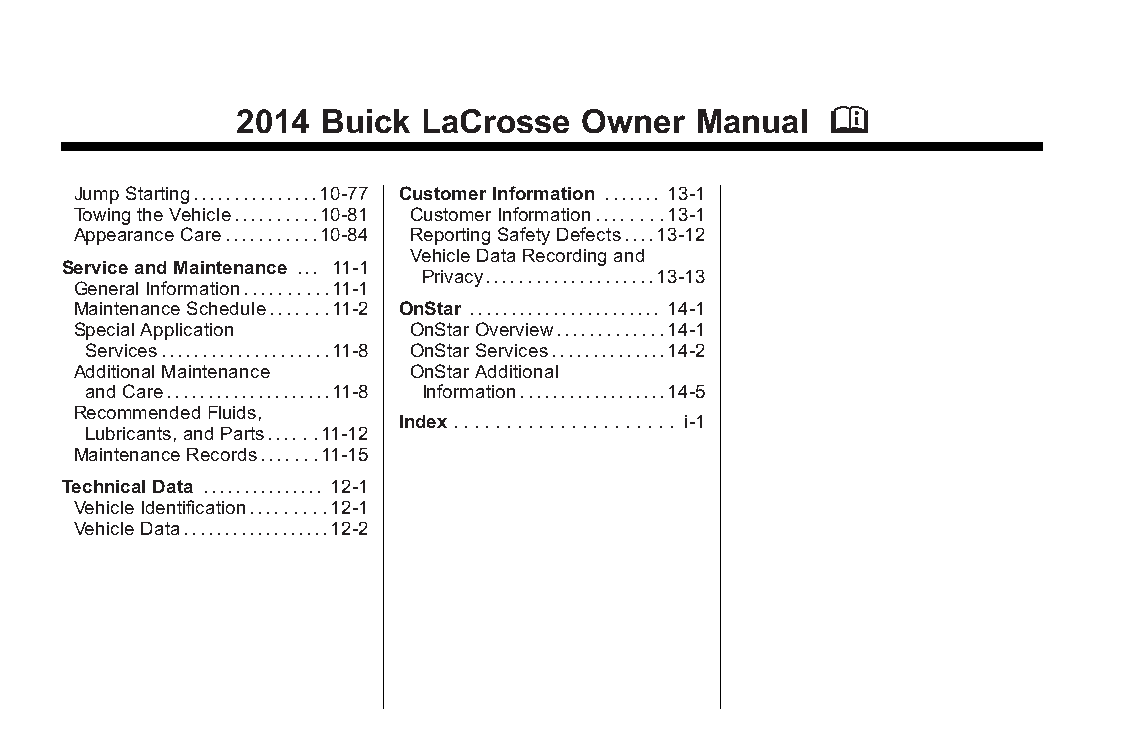
Buick LaCrosse Owner Manual (GMNA-Localizing-U.S./Canada/Mexico- Blackplate(2,1)
 6043609)-2014-2ndEdition-10/17/13
 2014  Buick  LaCrosse  Owner   Manual   M
 JumpStarting...............10-77 CustomerInformation ....... 13-1
 TowingtheVehicle..........10-81 CustomerInformation........13-1
 AppearanceCare...........10-84 ReportingSafetyDefects....13-12
 VehicleDataRecordingand
 ServiceandMaintenance ... 11-1
 Privacy....................13-13
 GeneralInformation..........11-1
 MaintenanceSchedule.......11-2 OnStar ....................... 14-1
 SpecialApplication    OnStarOverview.............14-1
 Services....................11-8 OnStarServices..............14-2
 AdditionalMaintenance OnStarAdditional
 andCare....................11-8 Information..................14-5
 RecommendedFluids,
 Index..................... i-1
 Lubricants,andParts......11-12
 MaintenanceRecords.......11-15
 TechnicalData ............... 12-1
 VehicleIdentification.........12-1
 VehicleData..................12-2